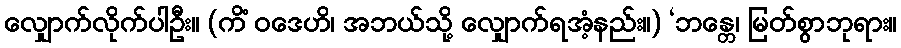
လျှောက်လိုက်ပါဦး။ (ကိံ ဝဒေဟိ၊ အဘယ်သို့ လျှောက်ရအံ့နည်း။) ‘ဘန္တေ၊ မြတ်စွာဘုရား။